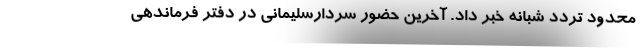
محدود تردد شبانه خبر داد. آخرین حضور سردارسلیمانی در دفتر فرماندهی